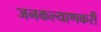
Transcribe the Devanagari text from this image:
जनकल्याणकरी